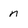
Character: n